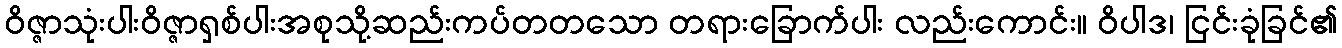
ဝိဇ္ဇာသုံးပါးဝိဇ္ဇာရှစ်ပါးအစုသို့ဆည်းကပ်တတသော တရားခြောက်ပါး လည်းကောင်း။ ဝိပါဒ၊ ငြင်းခုံခြင်၏